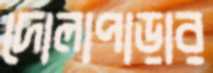
দোলাপাড়ার